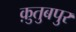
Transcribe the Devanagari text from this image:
क़ुतुबपुर